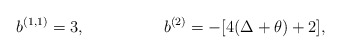
\begin{align*}b^{(1,1)}=3, \hspace{2cm} b^{(2)}=-[4(\Delta+\theta)+2],\end{align*}